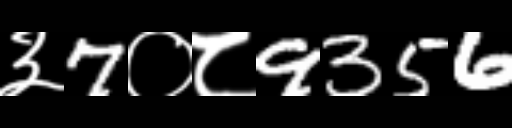
Text: ३7०८9356